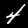
Label: 4